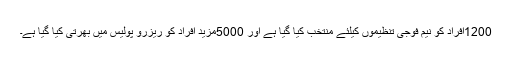
1200افراد کو نیم فوجی تنظیموں کیلئے منتخب کیا گیا ہے اور 5000مزید افراد کو ریزرو پولیس میں بھرتی کیا گیا ہے۔